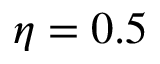
\eta = 0 . 5